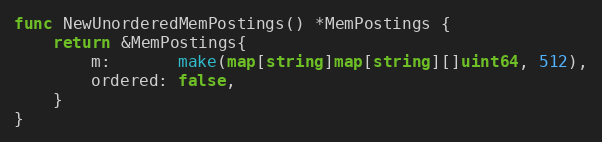
Language: Go
func NewUnorderedMemPostings() *MemPostings {
	return &MemPostings{
		m:       make(map[string]map[string][]uint64, 512),
		ordered: false,
	}
}